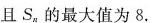
且S_{n}的最大值为8.